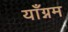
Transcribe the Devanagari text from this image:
याँग्नम